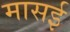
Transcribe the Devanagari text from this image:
मासई